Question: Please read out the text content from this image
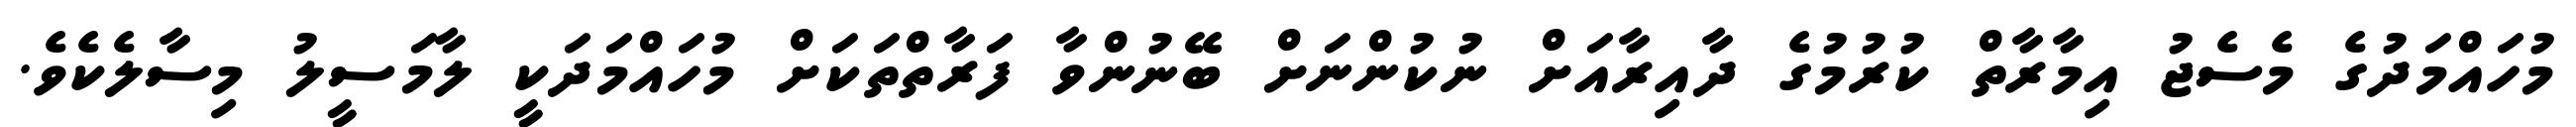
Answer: މުހައްމަދުގެ މެސެޖު އިމާރާތް ކުރުމުގެ ދާއިރާއަށް ނުކުންނަށް ބޭނުންވާ ފަރާތްތަކަށް މުހައްމަދަކީ ލާމަސީލު މިސާލެކެވެ.